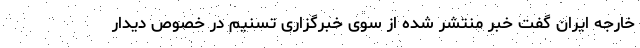
خارجه ایران گفت خبر منتشر شده از سوی خبرگزاری تسنیم در خصوص دیدار